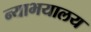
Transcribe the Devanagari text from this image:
न्याभयालय